Lunatic asylums Central Provinces reports 1886-1894 - 1886-1894
Year: 1886
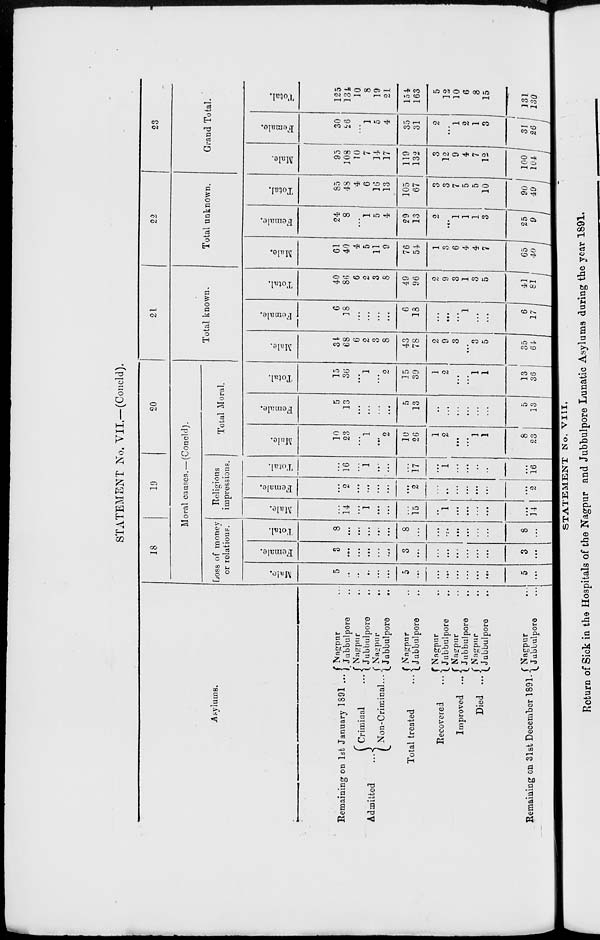
STATEMENT No. VII.—(Concld).
Asylums.
Remaining on 1st January 1891 ...
Admitted
...
Criminal ...
Non-Criminal ...
Total treated ...
Recovered
...
Improved ...
Died ...
Remaining on 31st December 1891.
Nagpur ...
Jubbulpore ...
Nagpur ...
Jubbulpore ...
Nagpur
...
Jubbulpore ...
Nagpur ...
Jubbulpore ...
Nagpur ...
Jubbulpore ...
Nagpur ...
Jubbulpore
...
Nagpur ...
Jubbulpore ...
Nagpur ...
Jubbulpore
...
18
19
20
Moral causes.—(Concld).
Loss of money
or relations.
Male.
5
...
...
...
...
...
5
...
...
...
...
...
...
...
5
...
Female.
3
...
...
...
...
...
3
...
...
...
...
...
...
...
3
...
Total.
8
...
...
...
...
...
8
...
...
...
...
...
...
...
8
...
Religious
impressions.
Male.
...
14
...
1
...
...
...
15
...
1
...
...
...
...
...
14
Female.
...
2
...
...
...
...
...
2
...
...
...
...
...
...
...
2
Total.
...
16
...
1
...
...
...
17
...
1
...
...
...
...
...
16
Total Moral.
Male.
10
23
...
1
...
2
10
26
1
2
...
...
1
1
8
23
Female.
5
13
...
...
...
...
5
13
...
...
...
...
...
...
5
13
Total.
15
36
...
1
...
2
15
39
1
2
...
...
1
1
13
36
21
Total known.
Male.
34
68
6
2
3
8
43
78
2
9
3
...
3
5
35
64
Female.
6
18
...
...
...
...
6
18
...
...
...
1
...
...
6
17
Total.
40
86
6
2
3
8
49
96
2
9
3
1
3
5
41
81
22
Total unknown.
Male.
61
40
4
5
11
9
76
54
1
3
6
4
4
7
65
40
Female.
24
8
...
1
5
4
29
13
2
...
1
1
1
3
25
9
Total.
85
48
4
6
16
13
105
67
3
3
7
5
5
10
90
49
23
Grand Total.
Male.
95
108
10
7
14
17
119
132
3
12
9
4
7
12
100
104
Female.
30
26
...
1
5
4
35
31
2
...
1
2
1
3
31
26
Total.
125
134
10
8
19
21
154
163
5
12
10
6
8
15
131
130